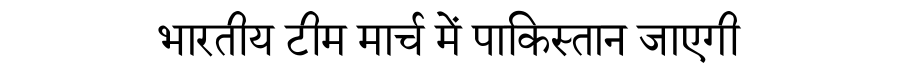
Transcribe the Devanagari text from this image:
भारतीय टीम मार्च में पाकिस्तान जाएगी